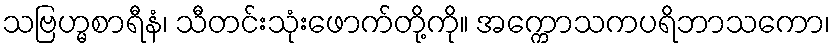
သဗြဟ္မစာရီနံ၊ သီတင်းသုံးဖောက်တို့ကို။ အက္ကောသကပရိဘာသကော၊